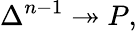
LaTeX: \Delta^{n-1}\twoheadrightarrow P,